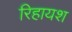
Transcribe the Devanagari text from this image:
रिहायश